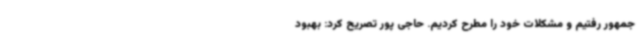
جمهور رفتیم و مشکلات خود را مطرح کردیم. حاجی پور تصریح کرد: بهبود